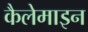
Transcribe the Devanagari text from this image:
कैलेमाइन